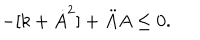
- [ k + \dot { A } ^ { 2 } ] + \ddot { A } A \leq 0 .